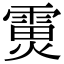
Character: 𮦟